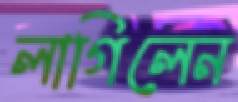
লাগিলেন